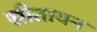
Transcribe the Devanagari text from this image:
सीतायन